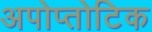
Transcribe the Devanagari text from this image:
अपोप्तोटिक